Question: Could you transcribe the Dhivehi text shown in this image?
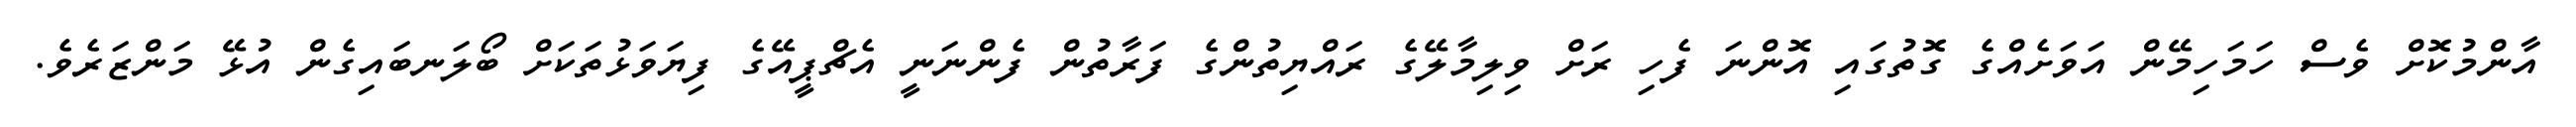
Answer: އާންމުކޮށް ވެސް ހަމަހިމޭން އަވަށެއްގެ ގޮތުގައި އޮންނަ ފެހި ރަށް ވިލިމާލޭގެ ރައްޔިތުންގެ ފަރާތުން ފެންނަނީ އެޗްޕީއޭގެ ފިޔަވަޅުތަކަށް ބޯލަނބައިގެން އުޅޭ މަންޒަރެވެ.